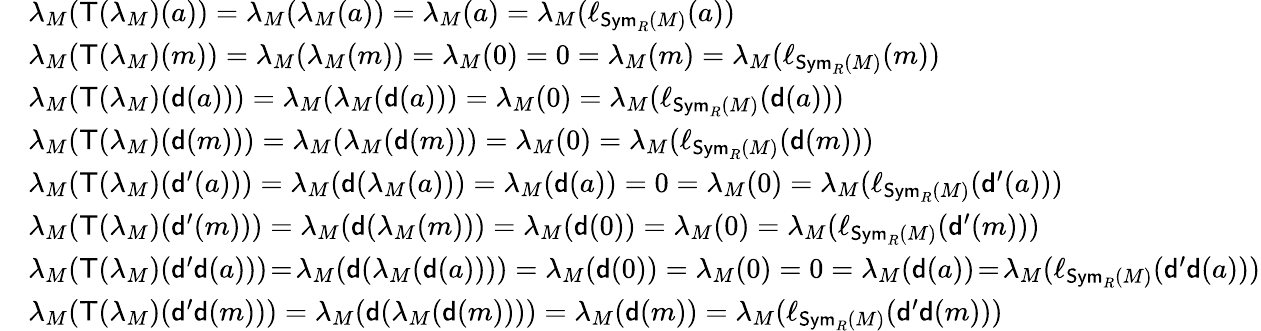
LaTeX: \begin{array}{rl}&{\lambda_{M}(\mathsf{T}(\lambda_{M})(a))=\lambda_{M}(\lambda_{M}(a))=\lambda_{M}(a)=\lambda_{M}(\ell_{\mathsf{Sym}_{R}(M)}(a))}\\ &{\lambda_{M}(\mathsf{T}(\lambda_{M})(m))=\lambda_{M}(\lambda_{M}(m))=\lambda_{M}(0)=0=\lambda_{M}(m)=\lambda_{M}(\ell_{\mathsf{Sym}_{R}(M)}(m))}\\ &{\lambda_{M}(\mathsf{T}(\lambda_{M})(\mathsf{d}(a)))=\lambda_{M}(\lambda_{M}(\mathsf{d}(a)))=\lambda_{M}(0)=\lambda_{M}(\ell_{\mathsf{Sym}_{R}(M)}(\mathsf{d}(a)))}\\ &{\lambda_{M}(\mathsf{T}(\lambda_{M})(\mathsf{d}(m)))=\lambda_{M}(\lambda_{M}(\mathsf{d}(m)))=\lambda_{M}(0)=\lambda_{M}(\ell_{\mathsf{Sym}_{R}(M)}(\mathsf{d}(m)))}\\ &{\lambda_{M}(\mathsf{T}(\lambda_{M})(\mathsf{d}^{\prime}(a)))=\lambda_{M}(\mathsf{d}(\lambda_{M}(a)))=\lambda_{M}(\mathsf{d}(a))=0=\lambda_{M}(0)=\lambda_{M}(\ell_{\mathsf{Sym}_{R}(M)}(\mathsf{d}^{\prime}(a)))}\\ &{\lambda_{M}(\mathsf{T}(\lambda_{M})(\mathsf{d}^{\prime}(m)))=\lambda_{M}(\mathsf{d}(\lambda_{M}(m)))=\lambda_{M}(\mathsf{d}(0))=\lambda_{M}(0)=\lambda_{M}(\ell_{\mathsf{Sym}_{R}(M)}(\mathsf{d}^{\prime}(m)))}\\ &{\lambda_{M}(\mathsf{T}(\lambda_{M})(\mathsf{d}^{\prime}\mathsf{d}(a)))\! =\! \lambda_{M}(\mathsf{d}(\lambda_{M}(\mathsf{d}(a))))=\lambda_{M}(\mathsf{d}(0))=\lambda_{M}(0)=0=\lambda_{M}(\mathsf{d}(a))\! =\! \lambda_{M}(\ell_{\mathsf{Sym}_{R}(M)}(\mathsf{d}^{\prime}\mathsf{d}(a)))}\\ &{\lambda_{M}(\mathsf{T}(\lambda_{M})(\mathsf{d}^{\prime}\mathsf{d}(m)))=\lambda_{M}(\mathsf{d}(\lambda_{M}(\mathsf{d}(m))))=\lambda_{M}(\mathsf{d}(m))=\lambda_{M}(\ell_{\mathsf{Sym}_{R}(M)}(\mathsf{d}^{\prime}\mathsf{d}(m)))}\end{array}